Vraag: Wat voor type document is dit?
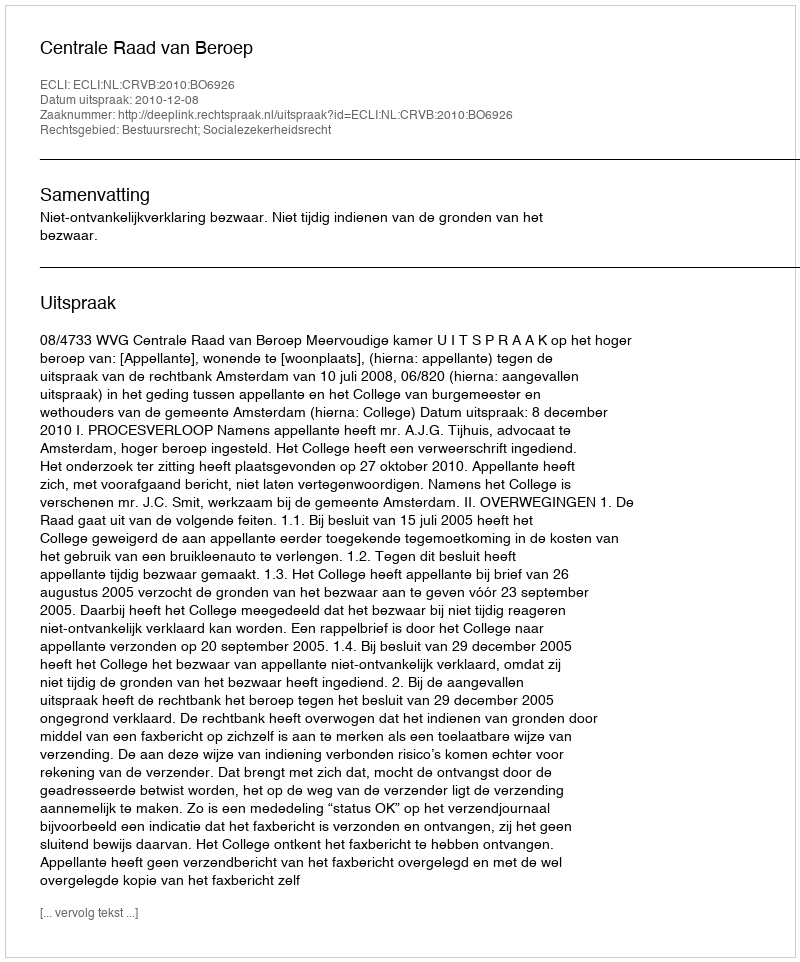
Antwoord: Uitspraak